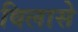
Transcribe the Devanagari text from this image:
विलासे